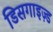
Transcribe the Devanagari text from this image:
डिसगाइज़्ड